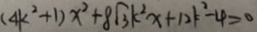
( 4 k ^ { 2 } + 1 ) x ^ { 2 } + 8 \sqrt { 3 } k ^ { 2 } x + 1 2 k ^ { 2 } - 4 > 0